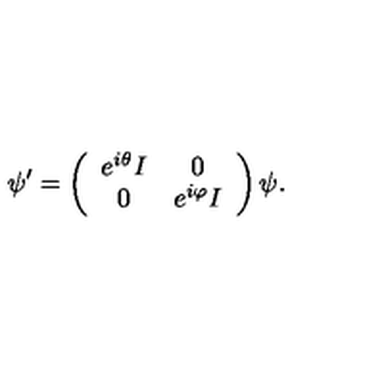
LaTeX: \psi ^ { \prime } = \left( \begin{array} { c c } { e ^ { i \theta } I } & { 0 } \\ { 0 } & { e ^ { i \varphi } I } \\ \end{array} \right) \psi .